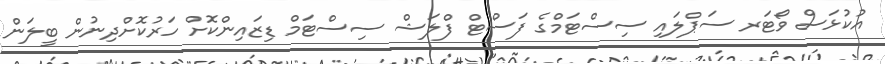
އުކުޅަސް ވޯޓަރ ސަޕްލައި ސިސްޓަމްގެ ފަސްޓް ފްލަޝް ސިސްޓަމް ޑިޒައިންކޮށް ހަރުކޮށްދިނުން ބީލަން